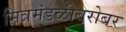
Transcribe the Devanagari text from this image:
मित्रमंडळीबरोबर